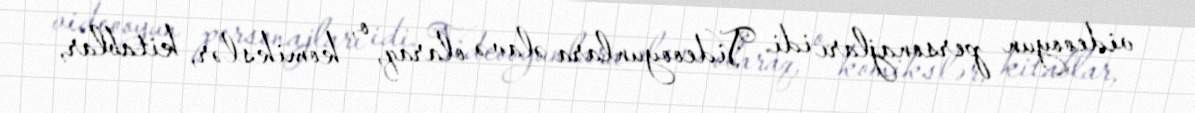
videooyun personajları idi. Videooyunlara əlavə olaraq, o, komikslər, kitablar,